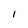
Character: 1